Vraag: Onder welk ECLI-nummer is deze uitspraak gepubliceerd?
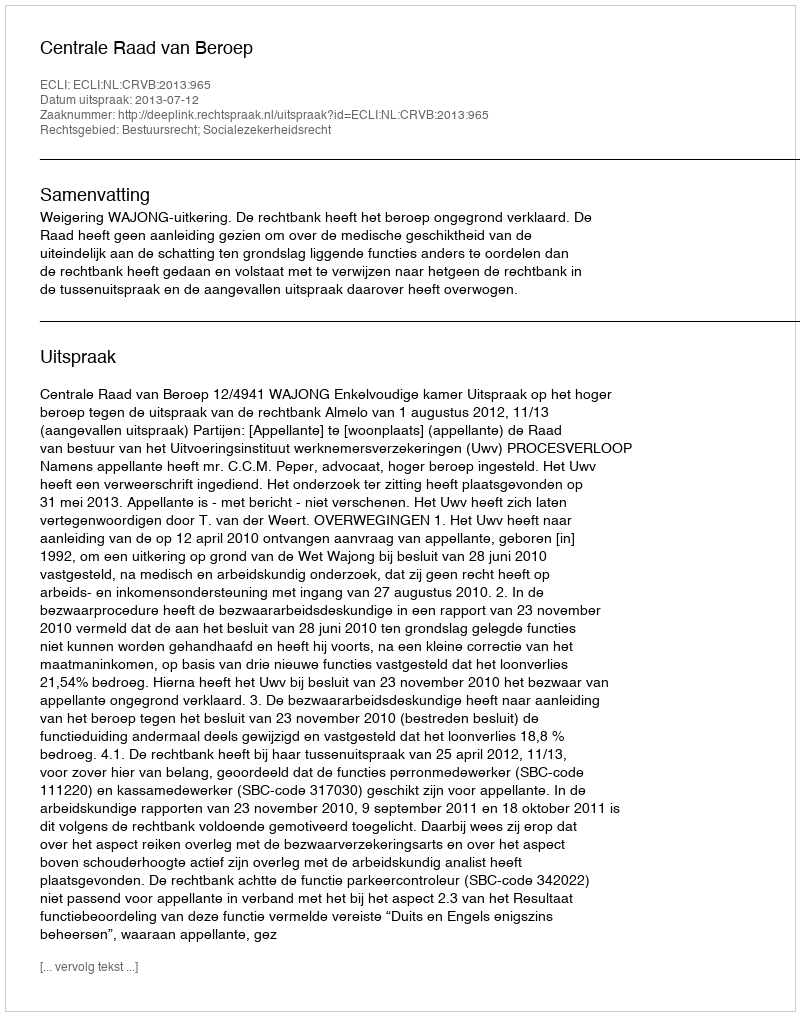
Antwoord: ECLI:NL:CRVB:2013:965